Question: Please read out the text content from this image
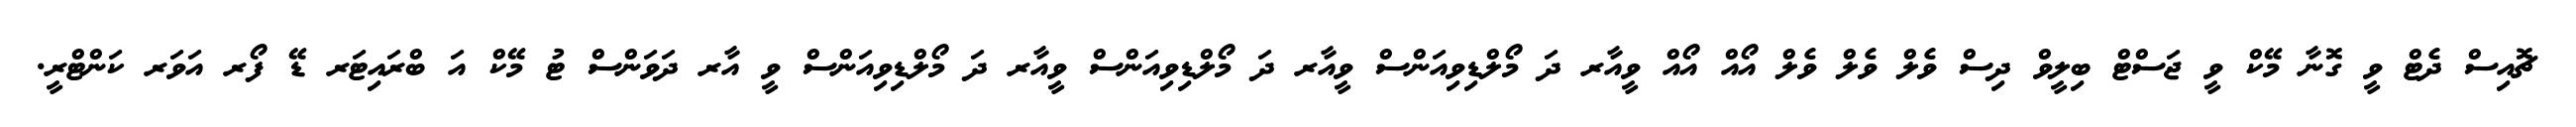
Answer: ޗޮއިސް ދެޓް ވީ ގޮނާ މޭކް ވީ ޖަސްޓް ބިލީވް ދިސް ވެލް ވެލް ވެލް އޯއް އޯއް ވީއާރ ދަ މޯލްޑިވިއަންސް ވީއާރ ދަ މޯލްޑިވިއަންސް ވީއާރ ދަ މޯލްޑިވިއަންސް ވީ އާރ ދަވަންސް ޓު މޭކް އަ ބްރައިޓަރ ޑޭ ފޯރ އަވަރ ކަންޓްރީ.